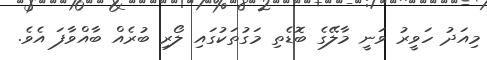
މިއަދު ހަވީރު ވަނީ މާލޭގެ ބޮޑެތި މަގުތަކުގައި ލޯރި ބުރެއް ބާއްވާފަ އެވެ.